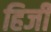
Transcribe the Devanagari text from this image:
हिर्जी